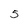
Character: 5